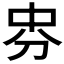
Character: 𠛸